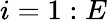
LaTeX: i=1:E